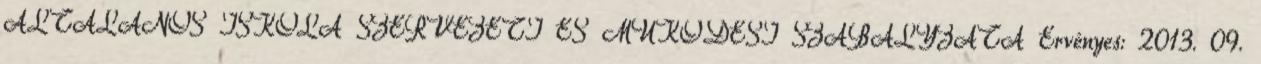
ÁLTALÁNOS ISKOLA SZERVEZETI ÉS MŰKÖDÉSI SZABÁLYZATA Érvényes: 2013. 09.